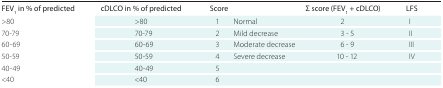
<table><thead><tr><td><b>FEV<sub>1</sub> in % of predicted</b></td><td><b>cDLCO in % of predicted</b></td><td><b>Score</b></td><td></td><td><b>Σ score (FEV<sub>1</sub> + cDLCO)</b></td><td><b>LFS</b></td></tr></thead><tbody><tr><td>&gt;80</td><td>&gt;80</td><td>1</td><td>Normal</td><td>2</td><td>I</td></tr><tr><td>70-79</td><td>70-79</td><td>2</td><td>Mild decrease</td><td>3 - 5</td><td>II</td></tr><tr><td>60-69</td><td>60-69</td><td>3</td><td>Moderate decrease</td><td>6 - 9</td><td>III</td></tr><tr><td>50-59</td><td>50-59</td><td>4</td><td>Severe decrease</td><td>10 - 12</td><td>IV</td></tr><tr><td>40-49</td><td>40-49</td><td>5</td><td></td><td></td><td></td></tr><tr><td>&lt;40</td><td>&lt;40</td><td>6</td><td></td><td></td><td></td></tr></tbody></table>